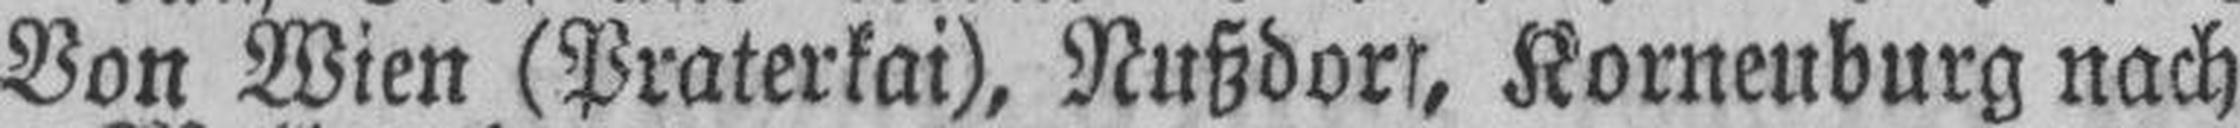
Von Wien (Praterkai), Nußdorf, Korneuburg nach